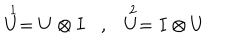
LaTeX: \begin{array} { c c } { { \stackrel { 1 } { U } = U \otimes I , } } & { { \stackrel { 2 } { U } = I \otimes U } } \\ \end{array}